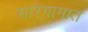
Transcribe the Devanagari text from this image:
सारेगामात